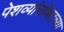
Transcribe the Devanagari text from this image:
पेशव्यांसोबतच्या